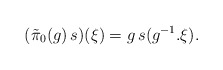
\begin{align*}(\tilde{\pi}_0(g)\,s)(\xi)=g\,s(g^{-1}.\xi).\end{align*}